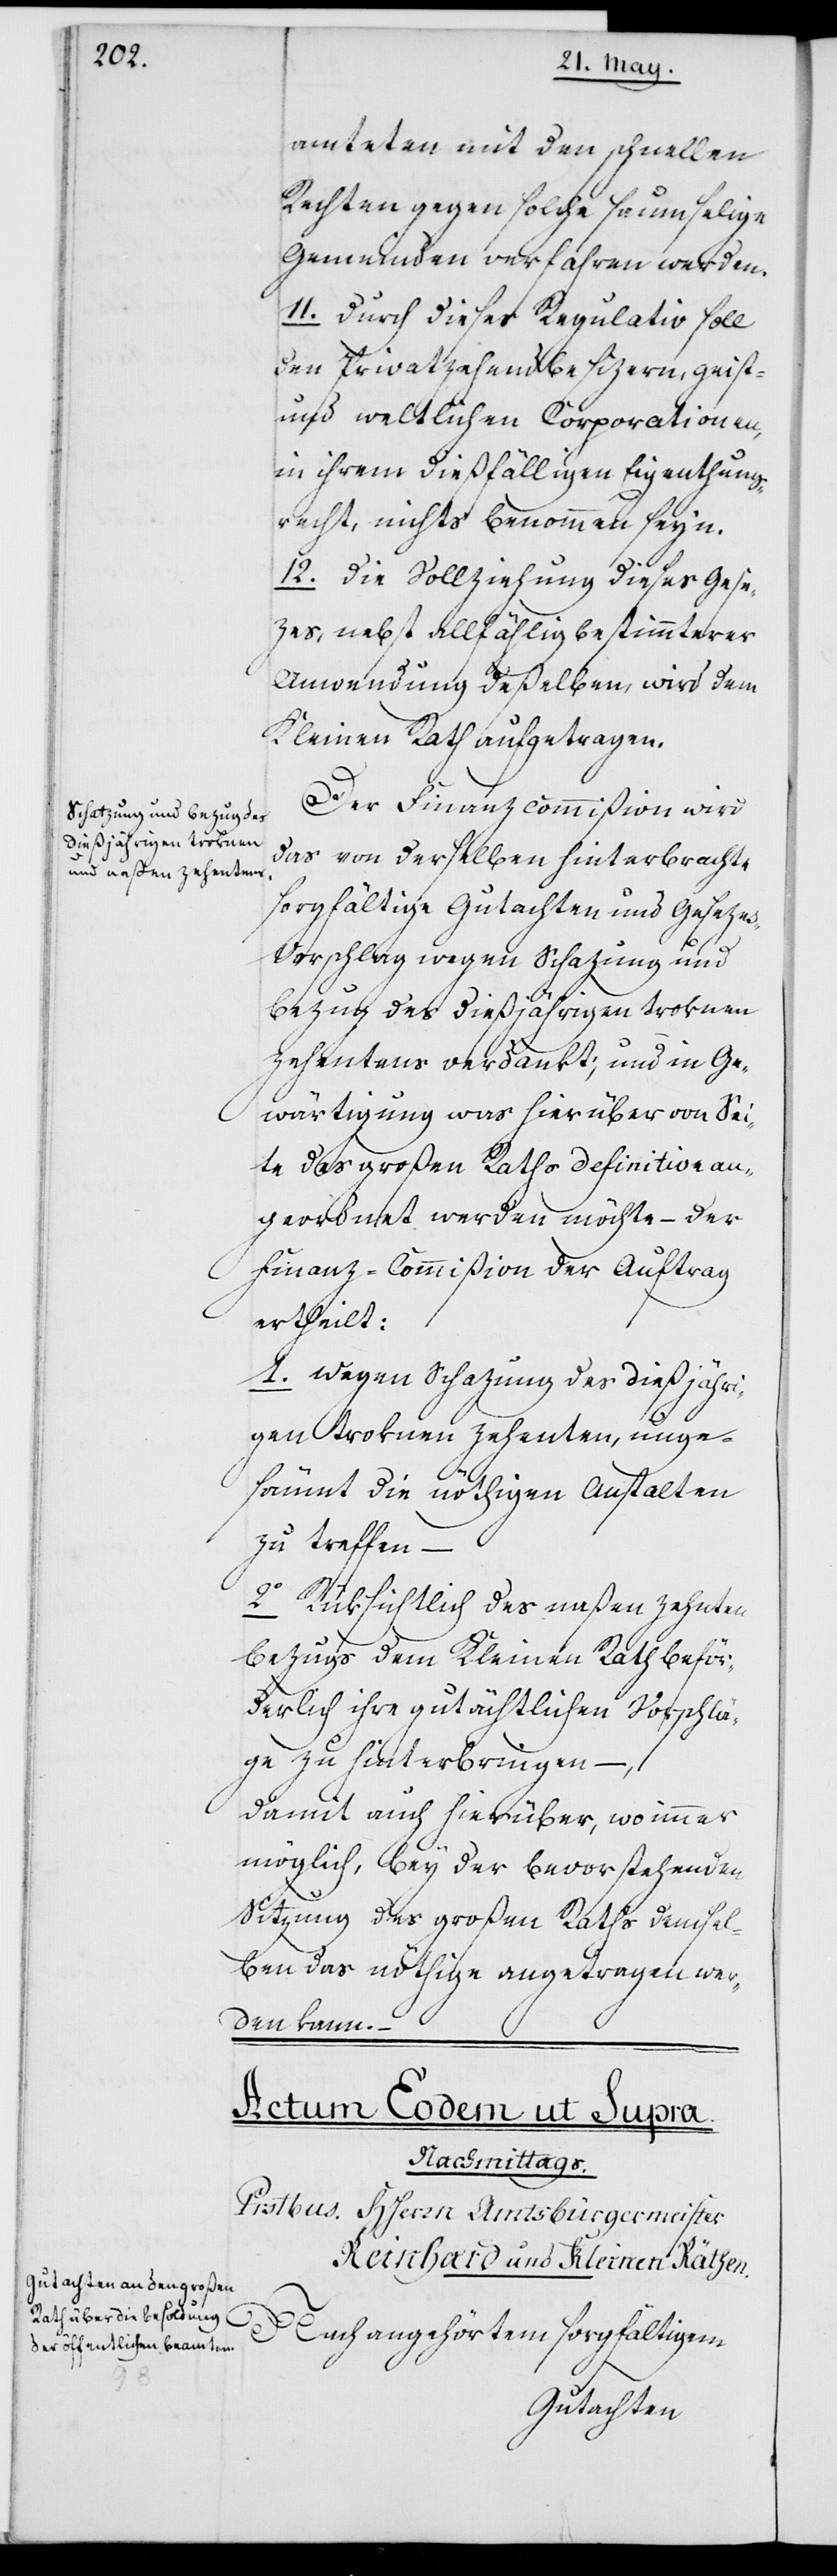
amteten mit den schnellen
Rechten gegen solche saumselige
Gemeinden verfahren werden.
11. Durch dieses Regulativ soll
den Privatzehendbesizern, geist-
und weltlichen Corporationen,
in ihrem dießfälligen Eigentums¬
recht, nichts benommen seyn.
12. Die Vollziehung dieses Gese¬
zes, nebst allfählig bestimmterer
Anwendung deßelben, wird dem
Kleinen Rath aufgetragen.
Der Finanzcommißion wird
das von derselben hinterbrachte
sorgfältige Gutachten und Gesezes¬
vorschlag wegen Schazung und
Bezug des dießjährigen trocknen
Zehentens verdankt; und in Ge¬
wärtigung, was hierüber von Sei¬
te des großen Raths definitive an¬
geordnet werden möchte – der
Finanz-Commißion der Auftrag
ertheilt:
1. Wegen Schazung des dießjähri¬
gen trocknen Zehenten, unge¬
säumt die nöthigen Anstalten
zu treffen –
2. Rüksichtlich des naßen Zehnten¬
bezugs dem Kleinen Rath beför¬
derlich ihre gutächtlichen Vorschlä¬
ge zu hinterbringen –,
Damit auch hierüber, wo immer
möglich, bey der bevorstehenden
Sitzung des Großen Raths demsel¬
ben das nöthige angetragen wer¬
den kann. –
Nach angehörtem sorgfältigem